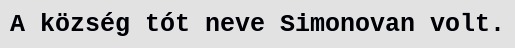
A község tót neve Simonovan volt.